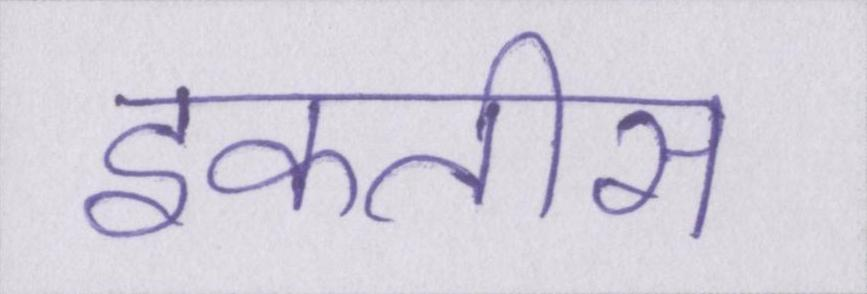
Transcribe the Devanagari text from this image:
इकतीस